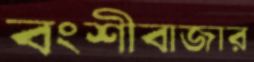
বংশীবাজার